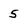
Character: 5